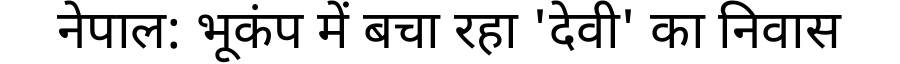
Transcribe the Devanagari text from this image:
नेपाल: भूकंप में बचा रहा 'देवी' का निवास